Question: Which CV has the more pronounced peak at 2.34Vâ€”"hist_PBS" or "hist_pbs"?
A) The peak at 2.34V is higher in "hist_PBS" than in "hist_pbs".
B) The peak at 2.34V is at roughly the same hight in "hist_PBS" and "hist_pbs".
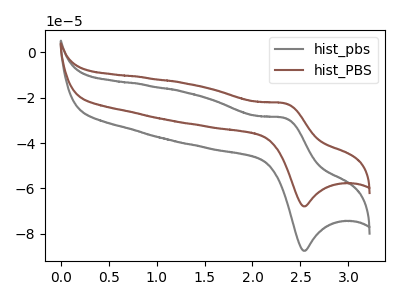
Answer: <think>The gray curve "hist_pbs" has an anodic peak at (2.35V, -29.00uA) and a cathodic peak at (2.55V, -87.55uA). The brown curve "hist_PBS" has an anodic peak at (2.35V, -22.50uA) and a cathodic peak at (2.55V, -67.90uA).</think>
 <answer>A) The peak at 2.34V is higher in "hist_PBS" than in "hist_pbs".</answer>
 <eval>A</eval>